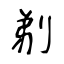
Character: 剃